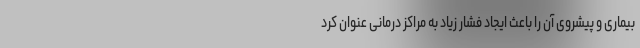
بیماری و پیشروی آن را باعث ایجاد فشار زیاد به مراکز درمانی عنوان کرد